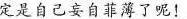
定是自己妄自菲薄了呢！